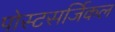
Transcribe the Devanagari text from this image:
पोस्टसर्जिकल